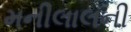
મનીલાલની